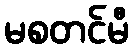
မစတင်မီ